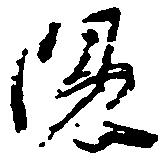
隠